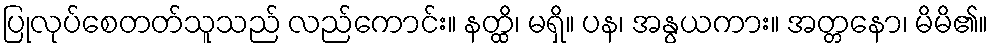
ပြုလုပ်စေတတ်သူသည် လည်ကောင်း။ နတ္ထိ၊ မရှိ။ ပန၊ အနွယကား။ အတ္တနော၊ မိမိ၏။